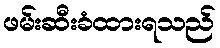
ဖမ်းဆီးခံထားရသည်